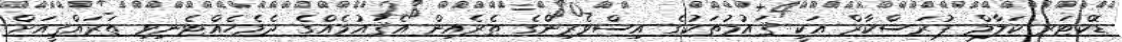
ޑޮކްޓަރ ކަލާމް ޕުރަސްކާރް އަކީ ޤައުމުތަކުގެ އިސްވެރިންގެ ތެރެއިން އެޤައުމެއްގެ ދެމެހެއްޓެނިވި ތަރައްޤީއަށް